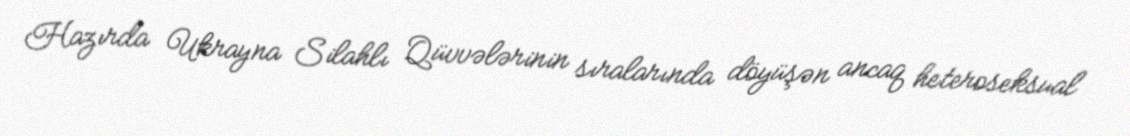
Hazırda Ukrayna Silahlı Qüvvələrinin sıralarında döyüşən ancaq heteroseksual